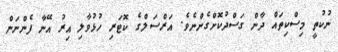
ނުކުތީ މިސްކިތައް ދާން ގަސްދުކޮށްގެންނެވެ. އަރްސަލްގެ ކޮޓަރި ހުޅުވާލި އިރު އޭނާ ފެންނަން